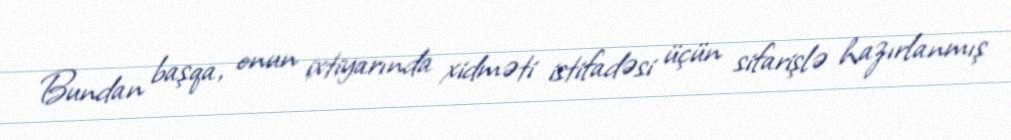
Bundan başqa, onun ixtiyarında xidməti istifadəsi üçün sifarişlə hazırlanmış